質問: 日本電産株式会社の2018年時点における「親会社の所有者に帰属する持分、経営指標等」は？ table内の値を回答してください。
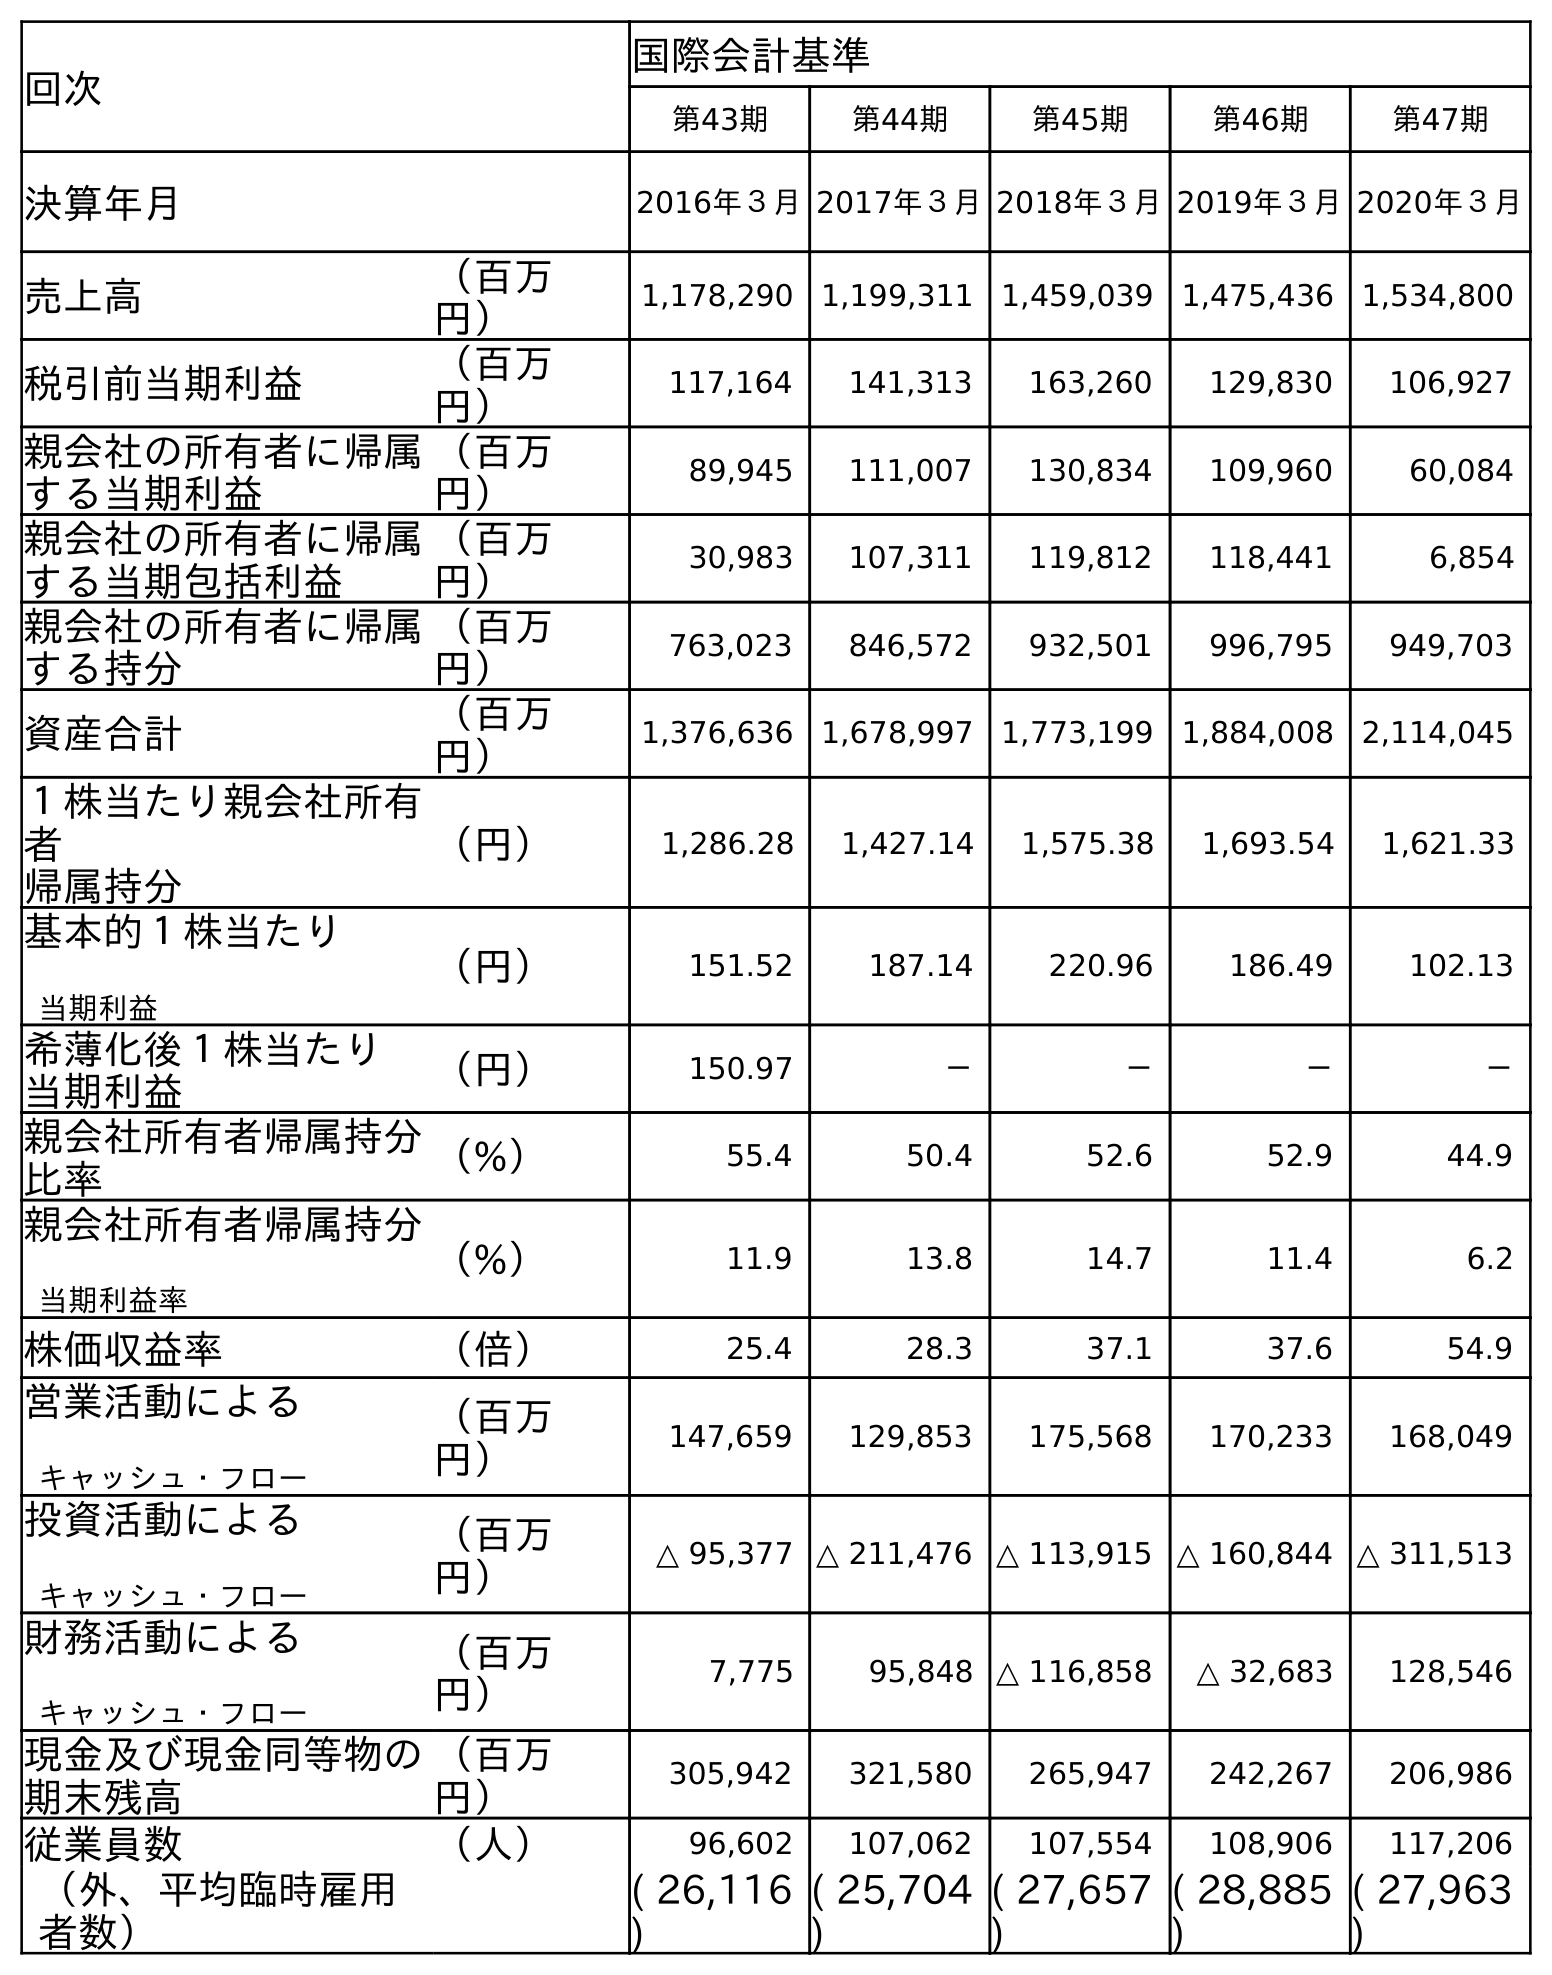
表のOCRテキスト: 回次 国際会計基準 第43期 第44期 第45期 第46期 第47期 決算年月 2016年３月2017年３月2018年３月2019年３月2020年３月 売上高 （百万 円） 1,178,290 1,199,311 1,459,039 1,475,436 1,534,800 税引前当期利益 （百万 円） 117,164 141,313 163,260 129,830 106,927 親会社の所有者に帰属 する当期利益 （百万 円） 89,945 111,007 130,834 109,960 60,084 親会社の所有者に帰属 する当期包括利益 （百万 円） 30,983 107,311 119,812 118,441 6,854 親会社の所有者に帰属 する持分 （百万 円） 763,023 846,572 932,501 996,795 949,703 資産合計 （百万 円） 1,376,636 1,678,997 1,773,199 1,884,008 2,114,045 １株当たり親会社所有 者 帰属持分 （円） 1,286.28 1,427.14 1,575.38 1,693.54 1,621.33 基本的１株当たり 当期利益 （円） 151.52 187.14 220.96 186.49 102.13 希薄化後１株当たり 当期利益 （円） 150.97 － － － － 親会社所有者帰属持分 比率 （%） 55.4 50.4 52.6 52.9 44.9 親会社所有者帰属持分 当期利益率 （%） 11.9 13.8 14.7 11.4 6.2 株価収益率 （倍） 25.4 28.3 37.1 37.6 54.9 営業活動による キャッシュ・フロー （百万 円） 147,659 129,853 175,568 170,233 168,049 投資活動による キャッシュ・フロー （百万 円） △ 95,377 △ 211,476 △ 113,915 △ 160,844 △ 311,513 財務活動による キャッシュ・フロー （百万 円） 7,775 95,848 △ 116,858 △ 32,683 128,546 現金及び現金同等物の 期末残高 （百万 円） 305,942 321,580 265,947 242,267 206,986 従業員数 （人） 96,602 107,062 107,554 108,906 117,206 （外、平均臨時雇用 者数） ( 26,116 ) ( 25,704 ) ( 27,657 ) ( 28,885 ) ( 27,963 )
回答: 932,501